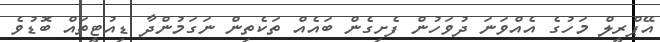
އޭޕްރީލް މަހުގެ އެއްވަނަ ދުވަހުން ފެށިގެން ބައެއް ތަކެތިން ނަގަމުންދާ ޑިއުޓީތައް ބޮޑުވެ